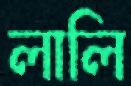
লালি